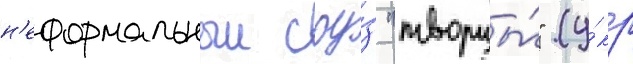
н'еформальныи соу́з "творцы́" (у́кр